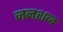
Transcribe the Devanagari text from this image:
जनशब्द